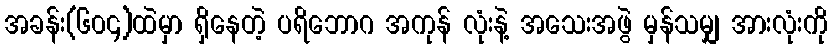
အခန်း(၆၀၄)ထဲမှာ ရှိနေတဲ့ ပရိဘောဂ အကုန် လုံးနဲ့ အသေးအဖွဲ မှန်သမျှ အားလုံးကို